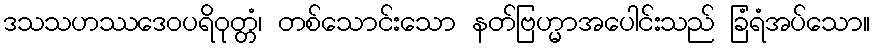
ဒသသဟဿဒေဝပရိဝုတ္တံ၊ တစ်သောင်းသော နတ်ဗြဟ္မာအပေါင်းသည် ခြံရံအပ်သော။